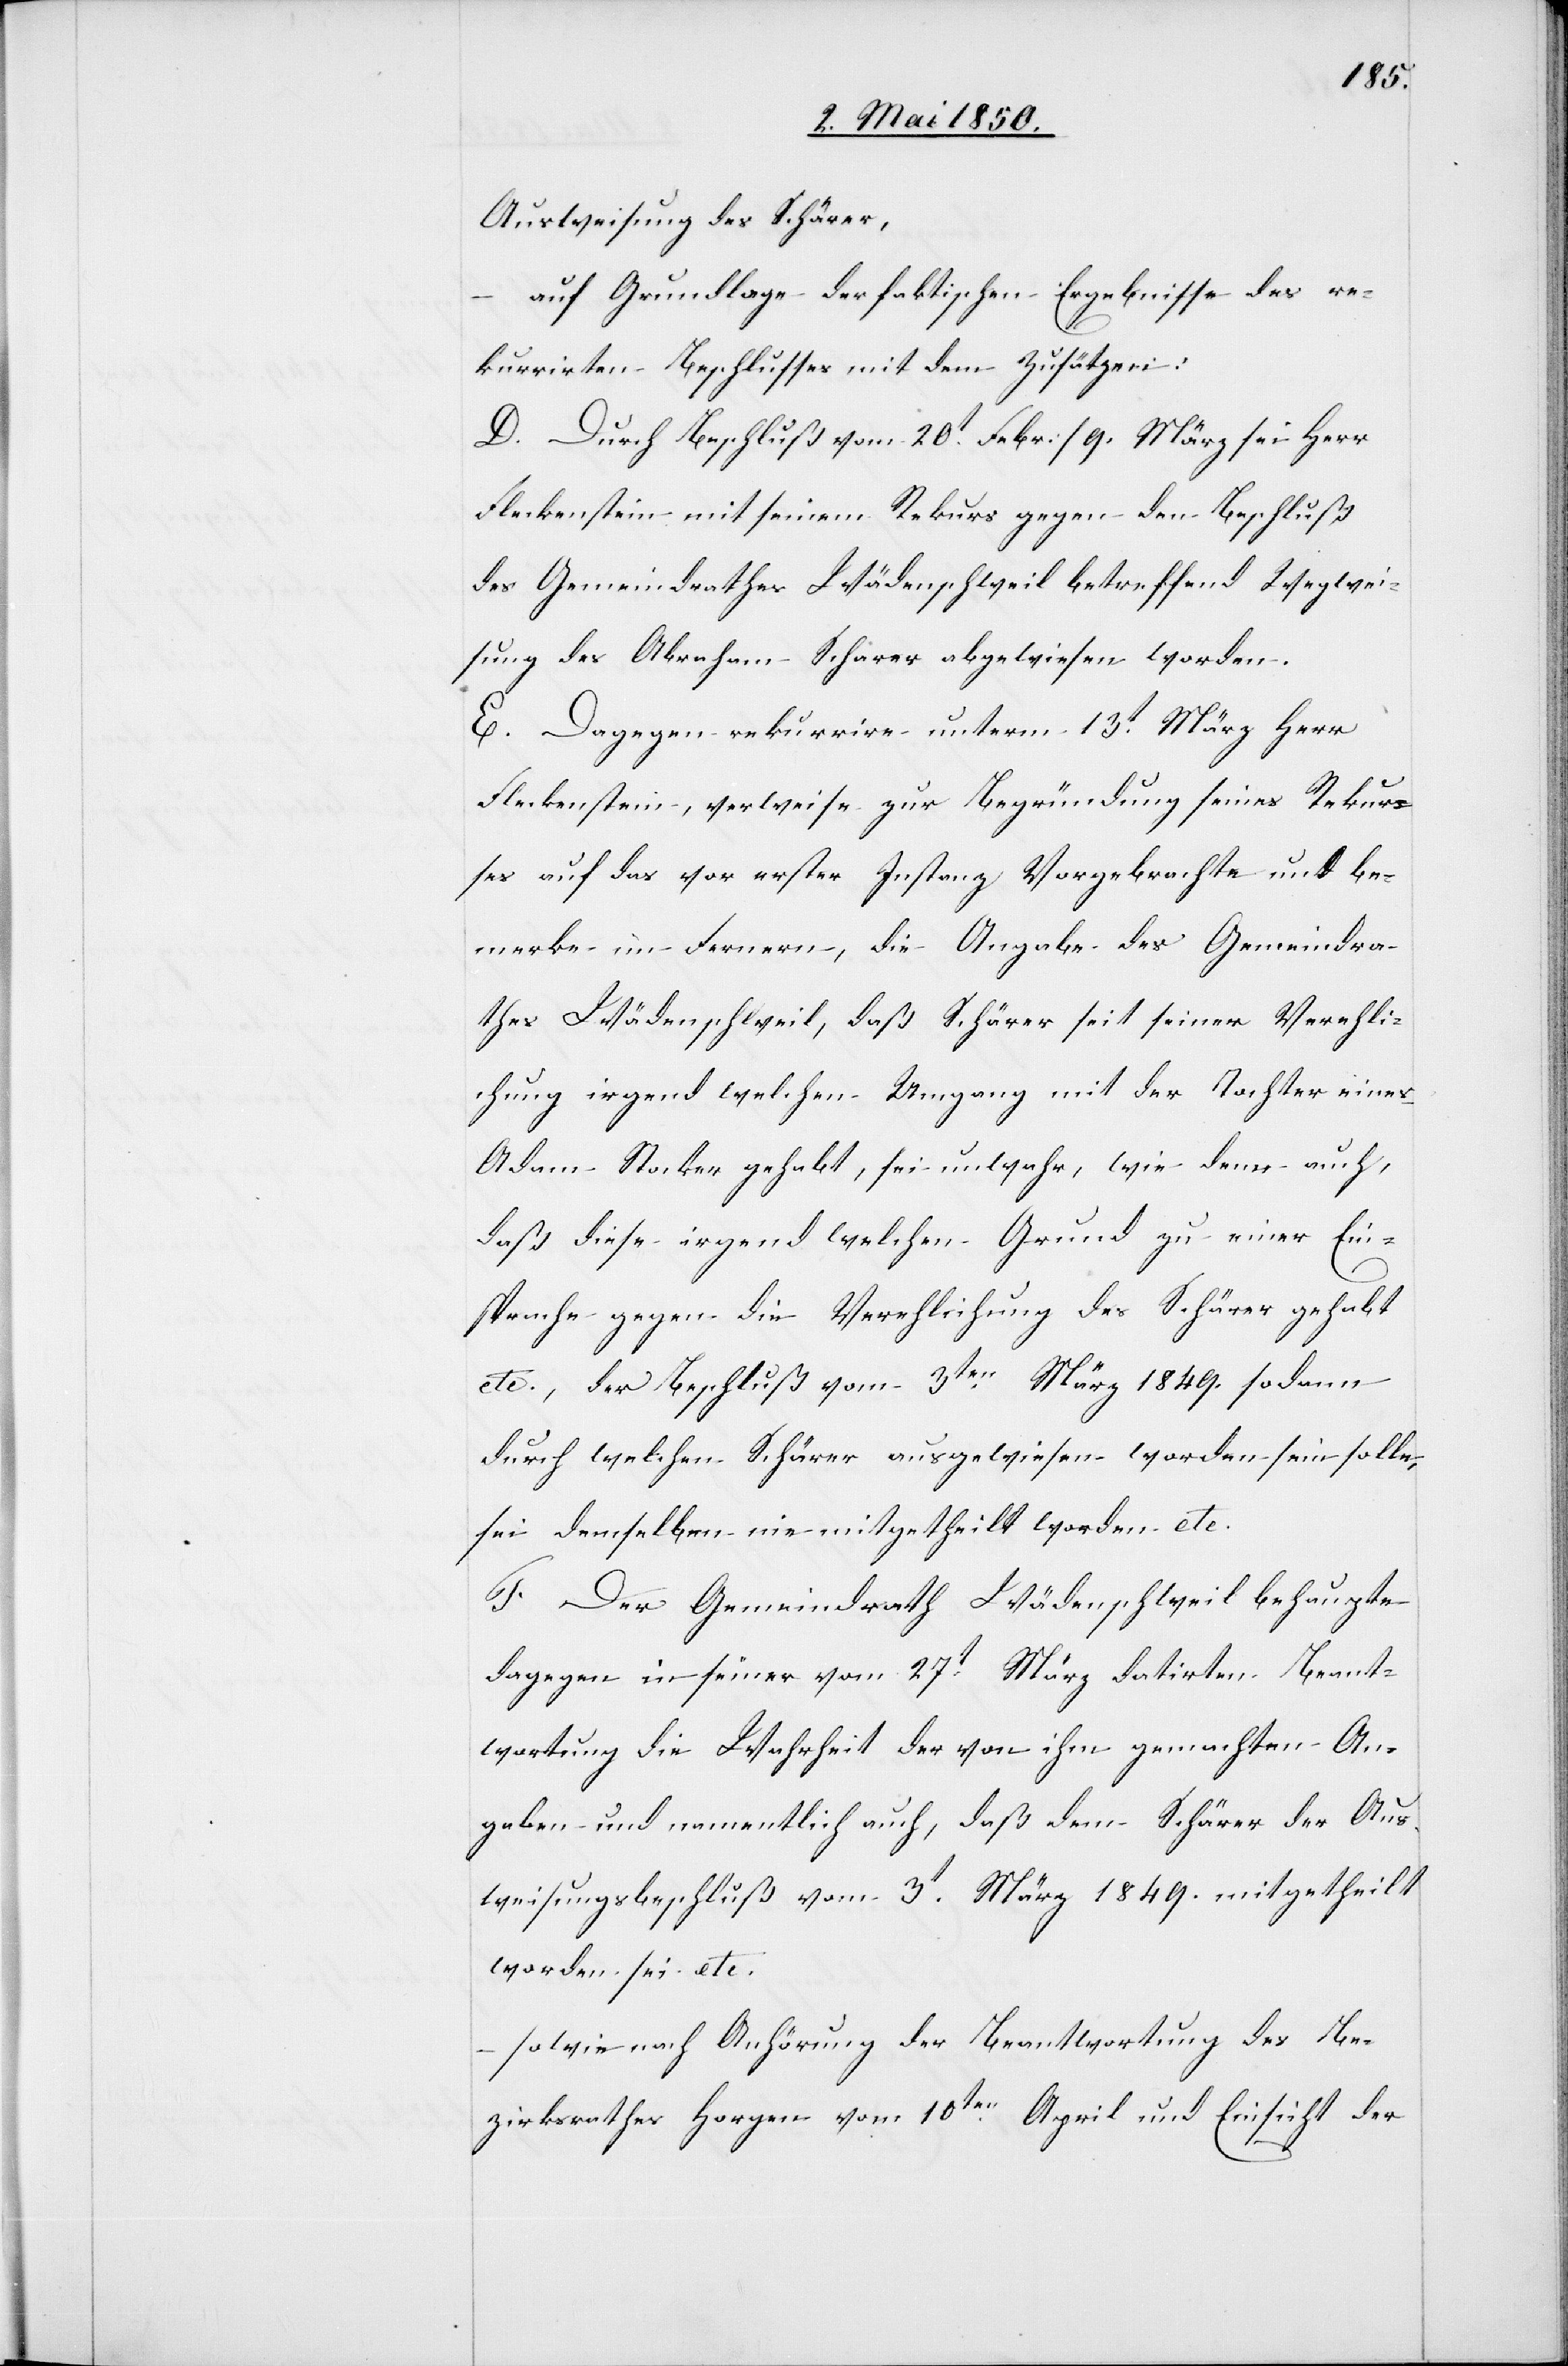
Ausweisung des Schärer,
auf Grundlage der faktischen Ergebnisse des re¬
kurrirten Beschlusses mit dem [sic!] Zusätzen:
D. Durch Beschluß vom 20t Febr./9. März sei Herr
Fleckenstein mit seinem Rekurs gegen den Beschluß
des Gemeindrathes Wädenschweil betreffend Wegwei¬
sung des Abraham Scharer [sic!] abgewiesen worden.
E. Dagegen rekurrire unterm 13t März Herr
Fleckenstein, verweise zur Begründung seines Rekur¬
ses auf das vor erster Instanz Vorgebrachte und be¬
merke im Fernern, die Angabe des Gemeindra¬
thes Wädenschweil, daß Schärer seit seiner Verehli¬
chung irgend welchen Umgang mit der Tochter eines
Adam Stocker gehabt, sei unwahr, wie denn auch,
daß diese irgend welchen Grund zu einer Ein¬
sprache gegen die Verehlichung des Schärer gehabt
etc., der Beschluß vom 3ten März 1849. sodann
durch welchen Schärer ausgewiesen worden sein solle,
sei demselben nie mitgetheilt worden etc.
F. Der Gemeindrath Wädenschweil behaupte
dagegen in seiner vom 27t März datirten Beant¬
wortung die Wahrheit der von ihm gemachten An¬
gaben und namentlich auch, daß dem Schärer der Aus¬
weisungsbeschluß vom 3t März 1849. mitgetheilt
worden sei etc.
sowie nach Anhörung der Beantwortung des Be¬
zirksrathes Horgen vom 10ten April und Einsicht der